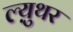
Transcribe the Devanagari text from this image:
ल्य़ुथर